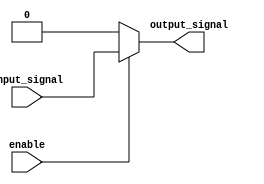
module active_high_buffer (
    input wire enable,
    input wire input_signal,
    output reg output_signal
);

    always @ (enable or input_signal)
    begin
        if (enable)
            output_signal <= input_signal;
        else
            output_signal <= 1'b0;
    end

endmodule